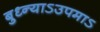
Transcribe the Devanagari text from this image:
बुध्न्याऽउपमाऽ